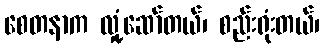
စေတနာက လှုံ့ဆော်တယ်၊ စည်းရုံးတယ်၊